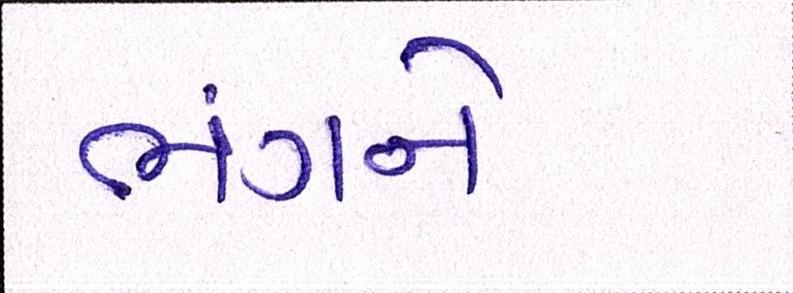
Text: ભંગને